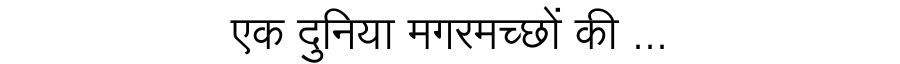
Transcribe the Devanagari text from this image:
एक दुनिया मगरमच्छों की ...